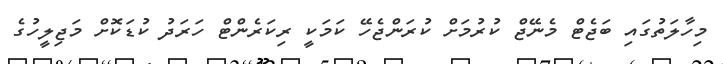
މިހާލަތުގައި ބަޖެޓް މެނޭޖް ކުރުމަށް ކުރަންޖެހޭ ކަމަކީ ރިކަރެންޓް ހަރަދު ކުޑަކޮށް މަޖިލީހުގެ